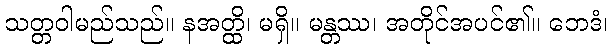
သတ္တဝါမည်သည်။ နအတ္ထိ၊ မရှိ။ မန္တဿ၊ အတိုင်အပင်၏။ ဘေဒံ၊